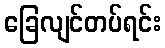
ခြေလျင်တပ်ရင်း